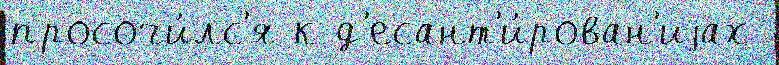
просочи́лс'я к д'есант'и́рован'иjах